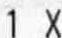
1 X